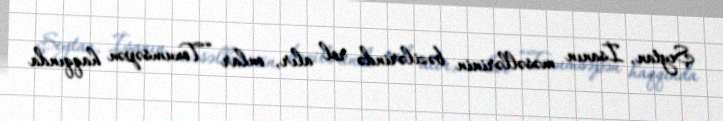
Şeytan, İsanın məsəllərinin bəzilərində rol alır, onlar “Toxumsəpən haqqında